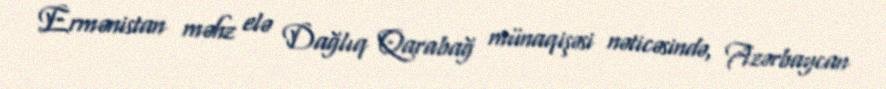
Ermənistan məhz elə Dağlıq Qarabağ münaqişəsi nəticəsində, Azərbaycan